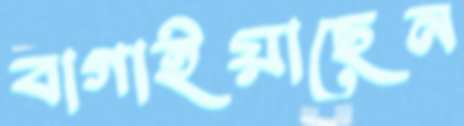
বাগাইয়াছেন